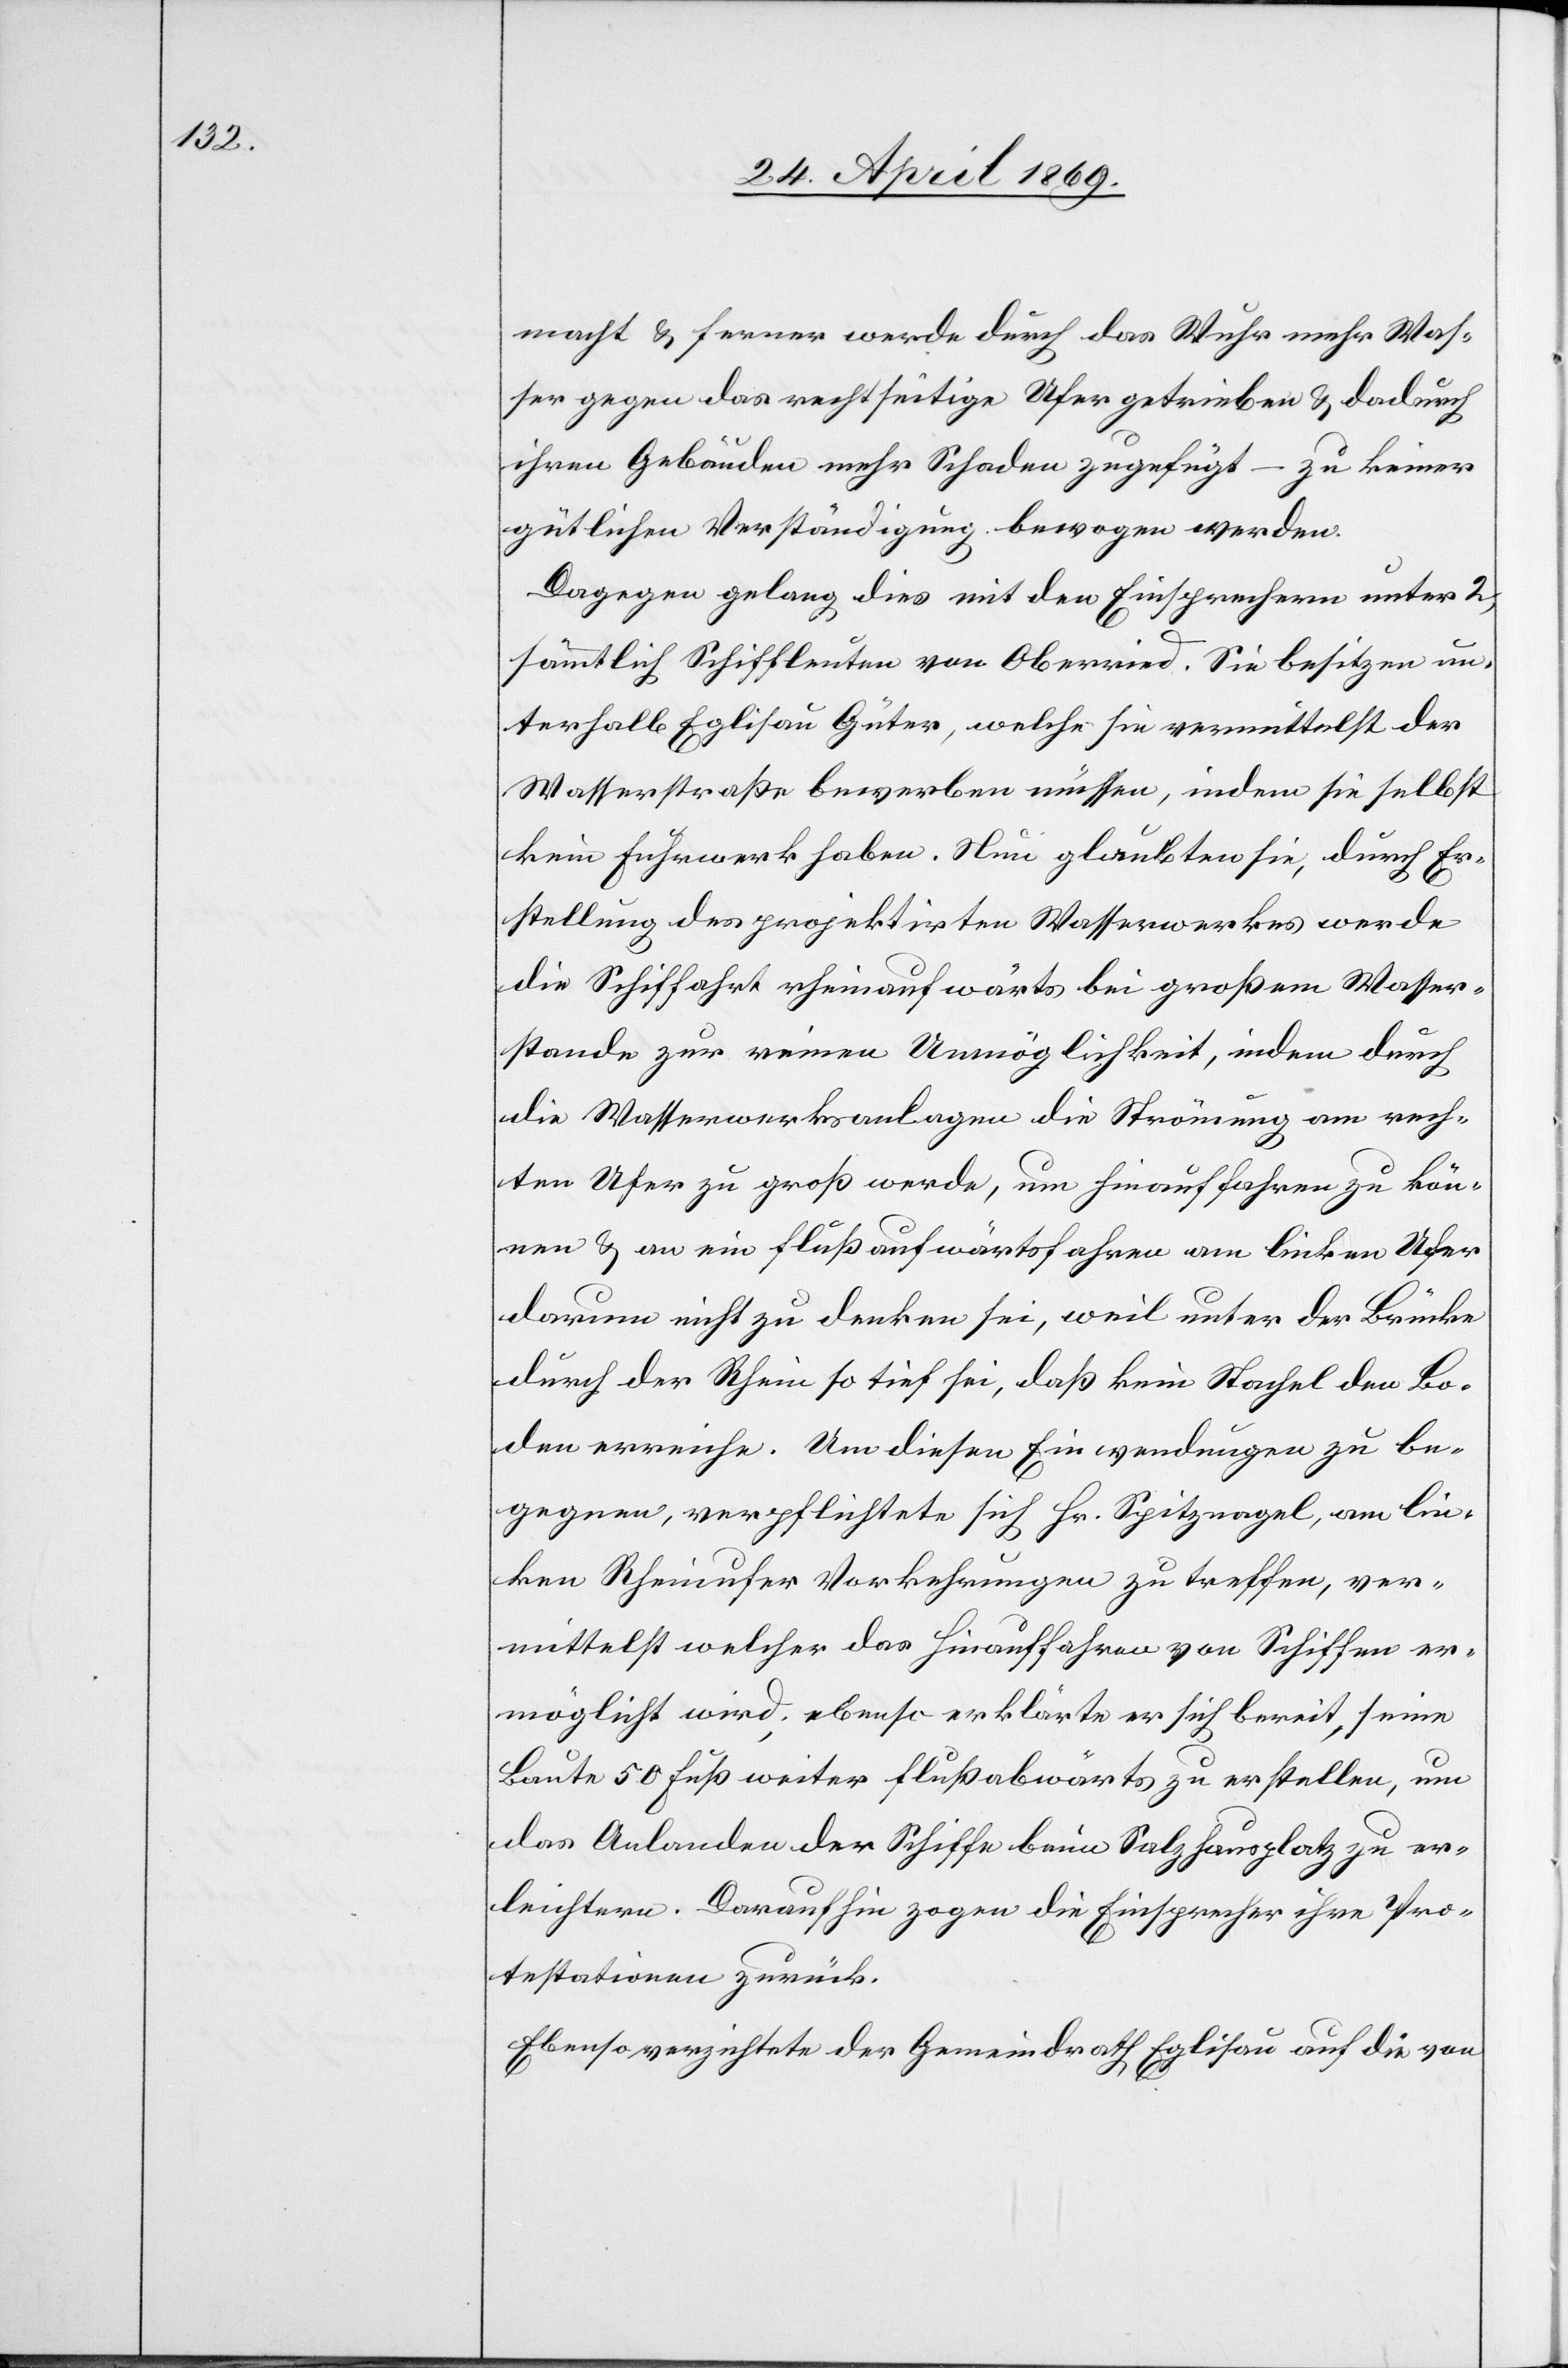
macht u. ferner werde durch das Wuhr mehr Was¬
ser gegen das rechtseitige Ufer getrieben u. dadurch
ihren Gebäuden mehr Schaden zugefügt – zu keiner
gütlichen Verständigung bewogen werden.
Dagegen gelang dies mit den Einsprechern unter 2,
sämmtlich Schiffleuten von Oberried. Sie besitzen un¬
terhalb Eglisau Güter, welche sie vermittelst der
Wasserstraße bewerben müssen, indem sie selbst
kein Fuhrwerk haben. Nun glaubten sie, durch Er¬
stellung des projektirten Wasserwerkes werde
die Schiffahrt rheinaufwärts bei großem Wasser¬
stande zur reinen Unmöglichkeit, indem durch
die Wasserwerksanlagen die Strömung am rech¬
ten Ufer zu groß werde, um hinauf fahren zu kön¬
nen u. an ein flußaufwärtsfahren am linken
darum nicht zu denken sei, weil unter der Brücke
durch der Rhein so tief sei, daß kein Stachel den Bo¬
den erreiche. Um diesen Einwendungen zu be¬
gegnen, verpflichtete sich Hr. Spitzvogel, am lin¬
ken Rheinufer Vorkehrungen zu treffen, ver¬
mittelst welcher das hinauffahren von Schiffen er¬
möglicht wird; ebenso erklärte er sich bereit, seine
Baute 50 Fuß weiter flußabwärts zu erstellen, um
das Anlanden der Schiffe beim Salzhausplatz zu er¬
leichtern. Daraufhin zogen die Einsprecher ihre Pro¬
testationen zurück.
Ebenso verrichtete der Gemeindrath Eglisau auf die von